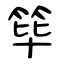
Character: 筚